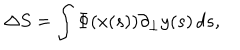
LaTeX: \Delta S = \int \Phi ( x ( s ) ) \partial _ { \bot } y ( s ) \, d s ,